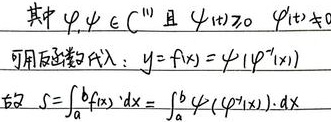
其中\(\varphi,\psi\in C^{1}\)且\(\psi(1)\neq 0\)，\(\varphi'(t)\neq 0\)。可用反函数代入：\(y = f(x)=\psi(\varphi^{-1}(x))\)，故\(S=\int_{a}^{b}f(x)\,dx=\int_{a}^{b}\psi(\varphi^{-1}(x))\,dx\)。